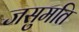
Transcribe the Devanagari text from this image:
जसुमति